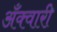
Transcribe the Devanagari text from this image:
अँक्वारी